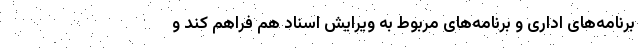
برنامه‌های اداری و برنامه‌های مربوط به ویرایش اسناد هم فراهم کند و